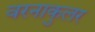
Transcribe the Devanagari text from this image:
वरनाकुलर